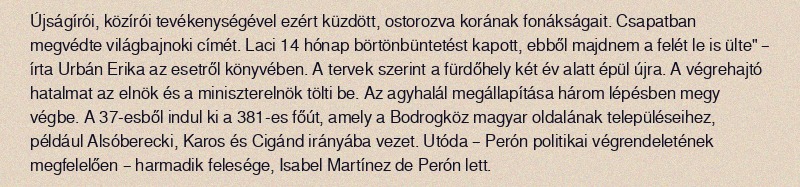
Újságírói, közírói tevékenységével ezért küzdött, ostorozva korának fonákságait. Csapatban megvédte világbajnoki címét. Laci 14 hónap börtönbüntetést kapott, ebből majdnem a felét le is ülte" – írta Urbán Erika az esetről könyvében. A tervek szerint a fürdőhely két év alatt épül újra. A végrehajtó hatalmat az elnök és a miniszterelnök tölti be. Az agyhalál megállapítása három lépésben megy végbe. A 37-esből indul ki a 381-es főút, amely a Bodrogköz magyar oldalának településeihez, például Alsóberecki, Karos és Cigánd irányába vezet. Utóda – Perón politikai végrendeletének megfelelően – harmadik felesége, Isabel Martínez de Perón lett.